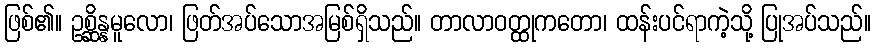
ဖြစ်၏။ ဥစ္ဆိန္နမူလော၊ ဖြတ်အပ်သောအမြစ်ရှိသည်။ တာလာဝတ္ထုကတော၊ ထန်းပင်ရာကဲ့သို့ ပြုအပ်သည်။